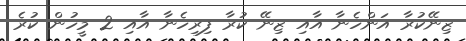
ޒިނޭކުރާ އަންހެނާ އާއި ޒިނޭ ކުރާ ފިރިހެނާ އާއި 2 މީހުން ކުރެ